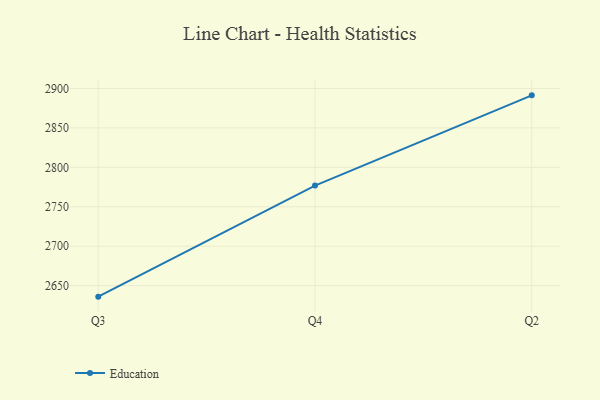
{"axis": {"x": "Quarter", "y": "Population (Million)"}, "legend": ["Education"], "data": [{"x": "Q3", "y": 2636.1, "type": "Education"}, {"x": "Q4", "y": 2776.9, "type": "Education"}, {"x": "Q2", "y": 2891.2, "type": "Education"}]}